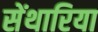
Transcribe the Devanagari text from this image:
सेंथारिया